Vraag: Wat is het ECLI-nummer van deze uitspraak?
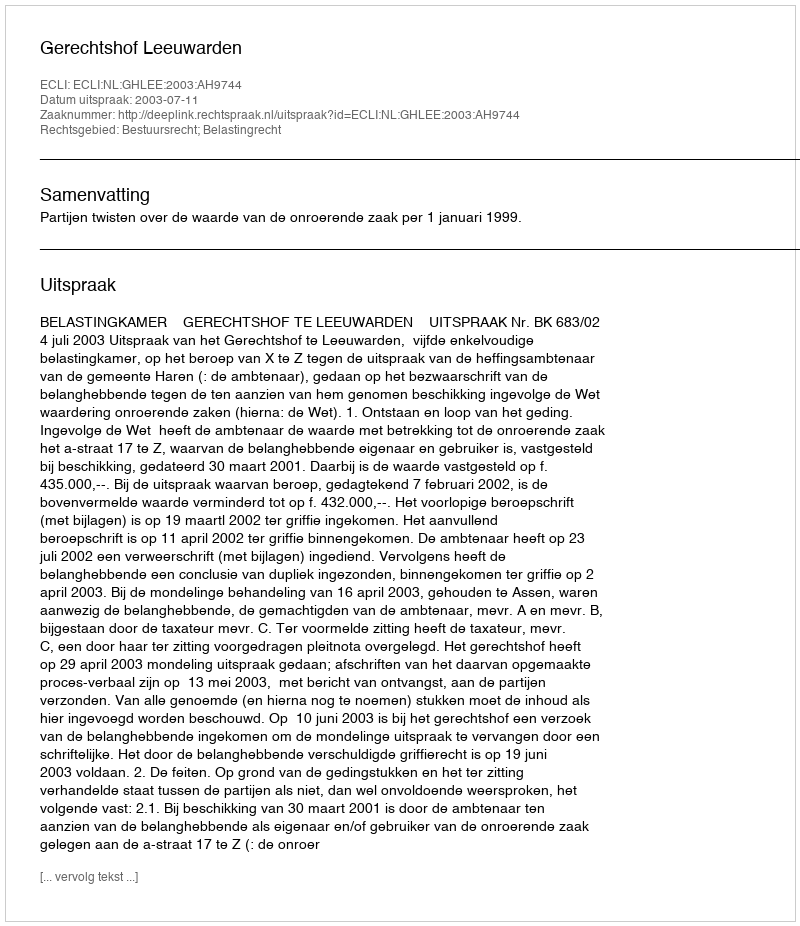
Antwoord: ECLI:NL:GHLEE:2003:AH9744